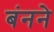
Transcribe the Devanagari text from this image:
बंनने